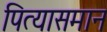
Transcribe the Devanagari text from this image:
पित्यासमान